Leningradi_Edasi_toimetus, lk 41
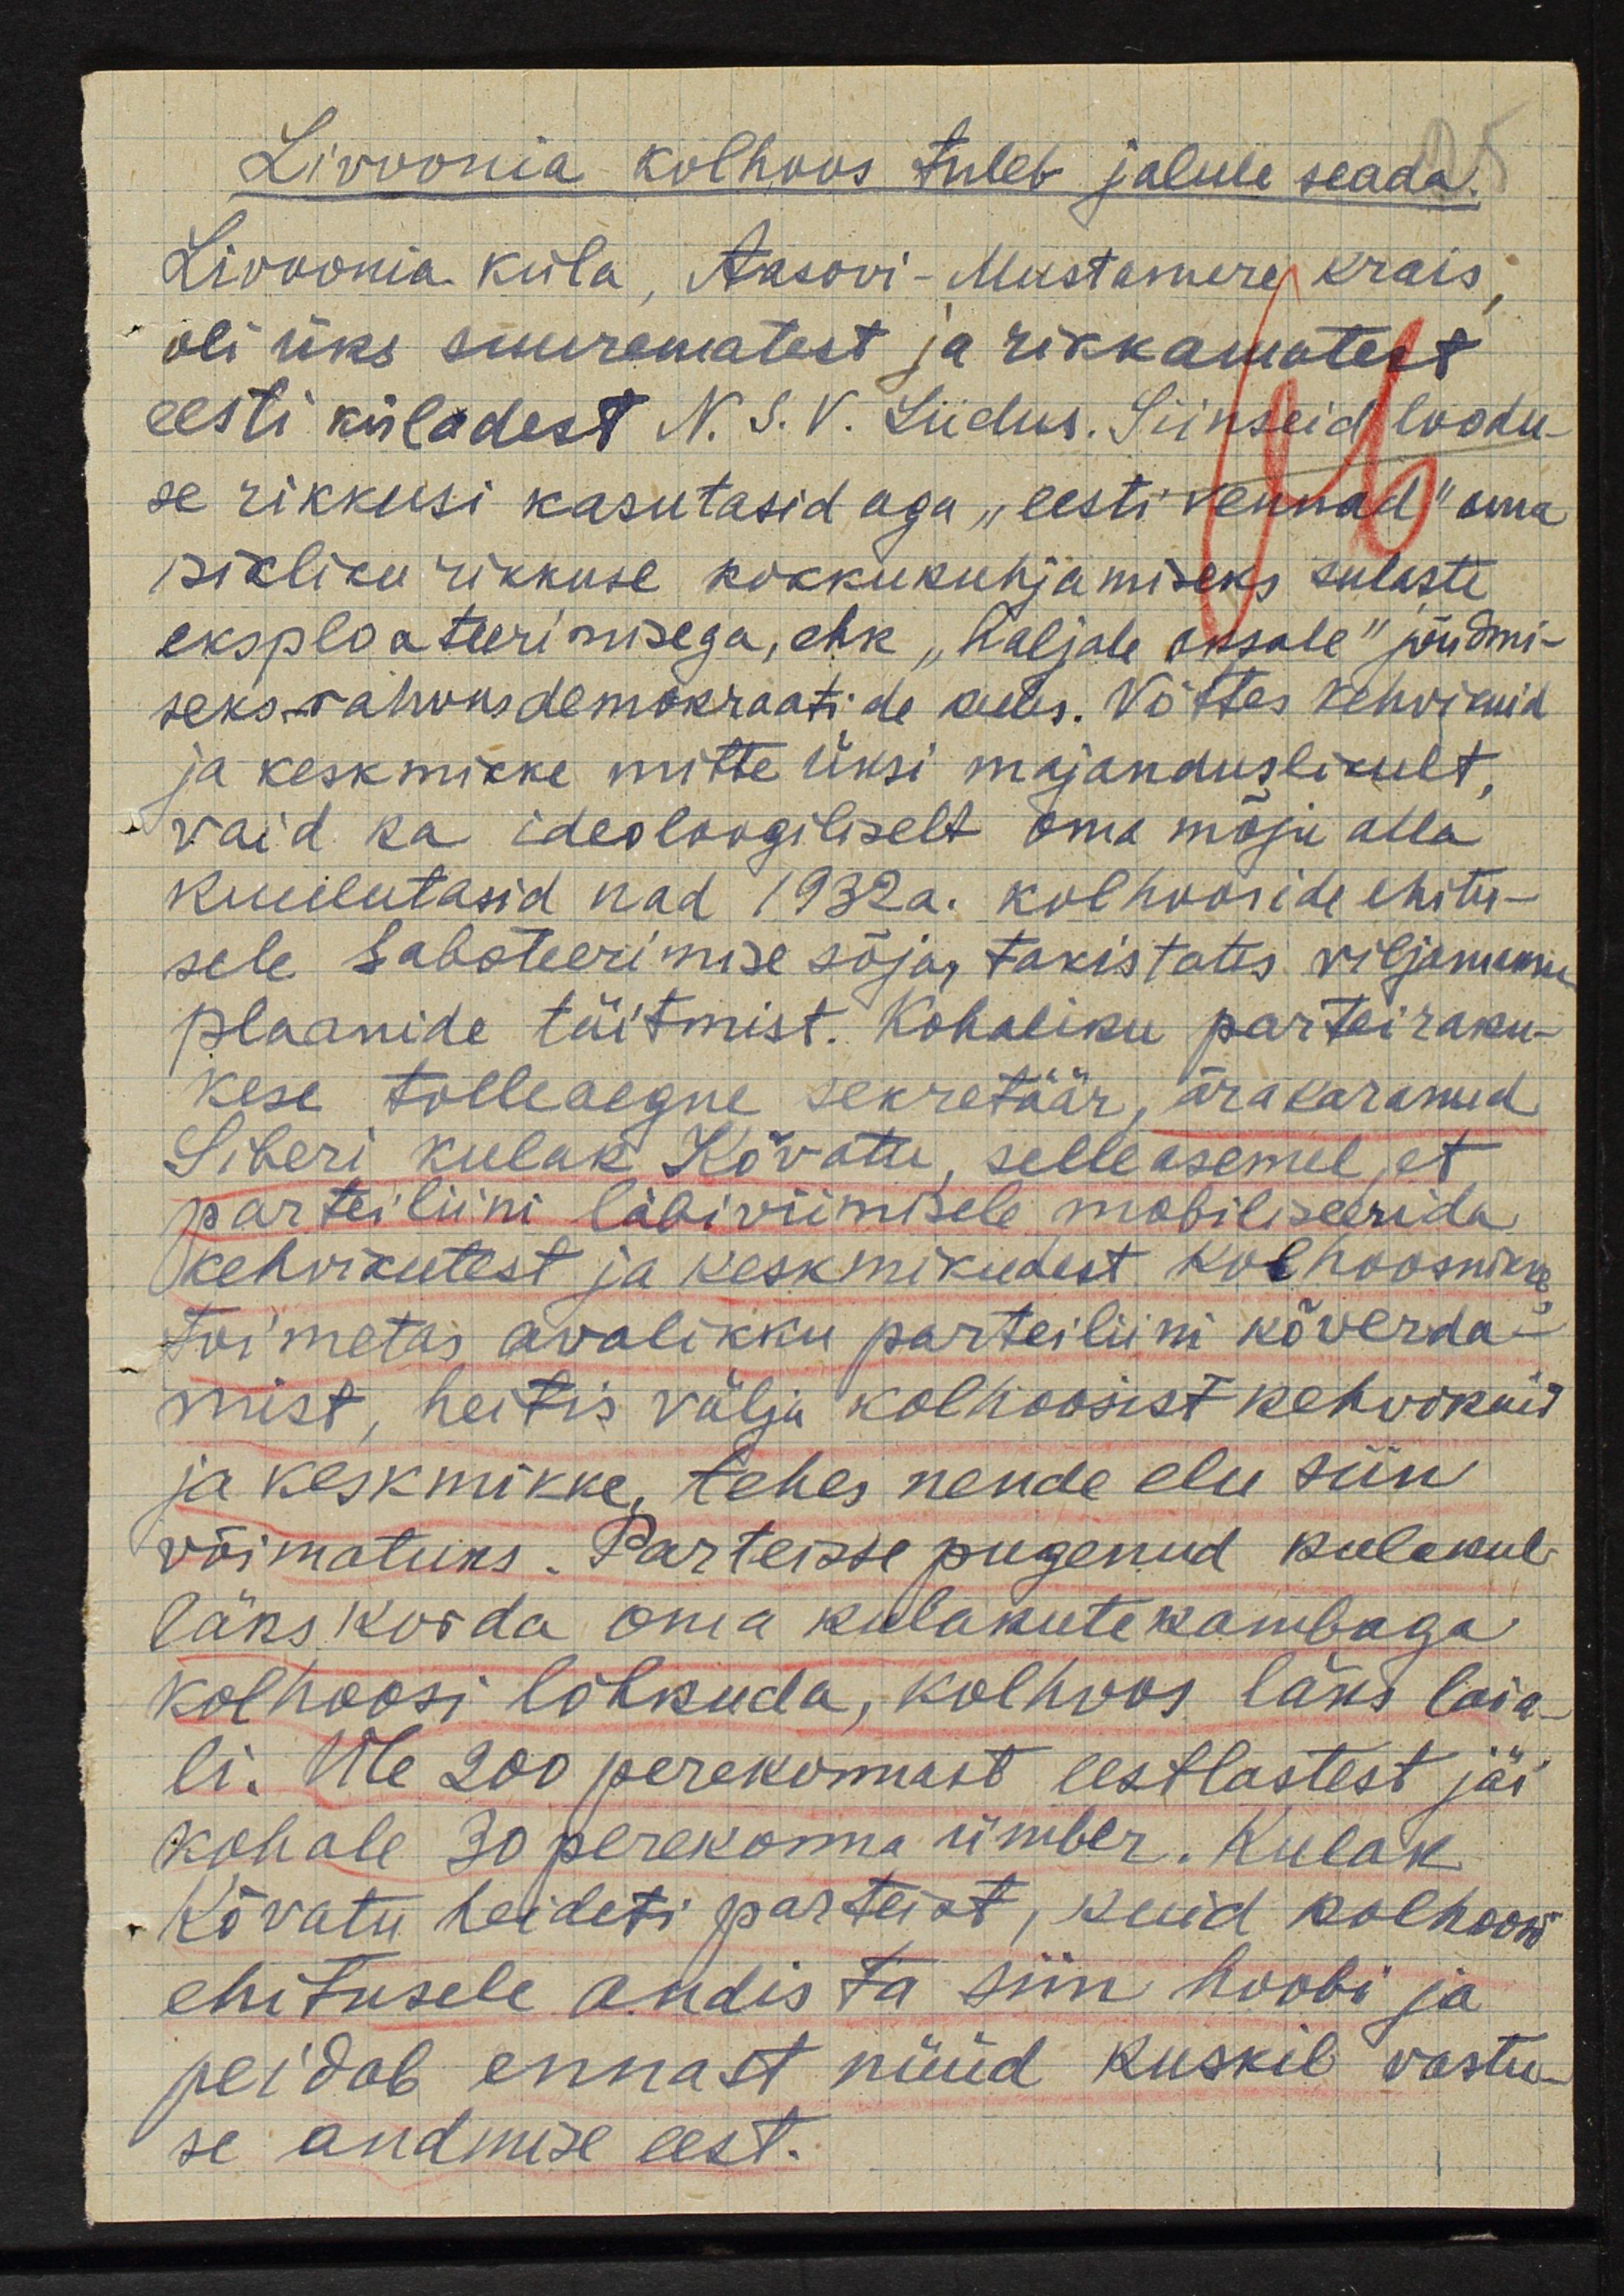
Livoonia kolhoos tuleb jalule seada.
Livoonia küla, Aasovi-Mustamere krais
oli üks suurematest ja rikkamatest
eesti küladest N.S. Liidus. Siinseid loodu-
se rikkusi kasutasid aga "eesti vennad" oma
isikliku rikkuse kokkukuhjamiseks sulaste
eksploateerimisega, ehk "haljale oksale" jõudmi-
seks rahvusdemokraatide keeles. Võttes kehvikuid
ja keskmikke mitte üksi majanduslikult,
vaid ka ideoloogiliselt oma mõju alla
kuulutasid nad 1932 a. kolhooside ehitu-
sele saboteerimise sõja, takistades viljamaksu
plaanide täitmist. Kohaliku parteiraku-
kese tolleaegne sekretäär, ärakaranud
Siberi kulak Kõvatu, selle asemel, et
parteiliini läbiviimisele mobiliseerida
kehvikutest ja keskmikudest kolhoosnikke,
toimetas avalikku parteiliini kõverda-
mist, heitis välja kolhoosist kehvikuid
ja keskmikke, tehes nende elu siin
võimatuks. Parteisse pugenud kulakul
läks korda oma kulakute kambaga
kolhoosi lõhkuda, kolhoos läks laia-
li. Üle 200 perekonnast eestlastest jäi,
kohale 30 perekonna ümber. Kulak
Kõvatu heideti parteist, kuid kolhoosi
ehitusele andis ta siin hoobi ja
peidab ennast nüüd kuskil vastu-
se andmise eest.